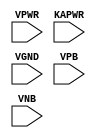
module sky130_fd_sc_hd__lpflow_decapkapwr (
    VPWR ,
    KAPWR,
    VGND ,
    VPB  ,
    VNB
);

    // Module ports
    input VPWR ;
    input KAPWR;
    input VGND ;
    input VPB  ;
    input VNB  ;
     // No contents.
endmodule